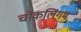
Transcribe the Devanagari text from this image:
चोकलिंगम